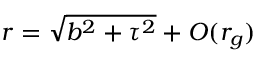
r = \sqrt { b ^ { 2 } + \tau ^ { 2 } } + { \cal O } ( r _ { g } )